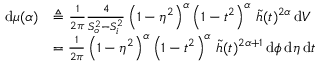
\begin{array} { r l } { \, \mathrm { d } \mu ( \alpha ) } & { \triangleq \frac { 1 } { 2 \pi } \frac { 4 } { S _ { o } ^ { 2 } - S _ { i } ^ { 2 } } \left( 1 - \eta ^ { 2 } \right) ^ { \alpha } \left( 1 - t ^ { 2 } \right) ^ { \alpha } \, \widetilde { h } ( t ) ^ { 2 \alpha } \, \mathrm { d } V } \\ & { = \frac { 1 } { 2 \pi } \left( 1 - \eta ^ { 2 } \right) ^ { \alpha } \left( 1 - t ^ { 2 } \right) ^ { \alpha } \, \widetilde { h } ( t ) ^ { 2 \alpha + 1 } \, \mathrm { d } \phi \, \mathrm { d } \eta \, \mathrm { d } t } \end{array}